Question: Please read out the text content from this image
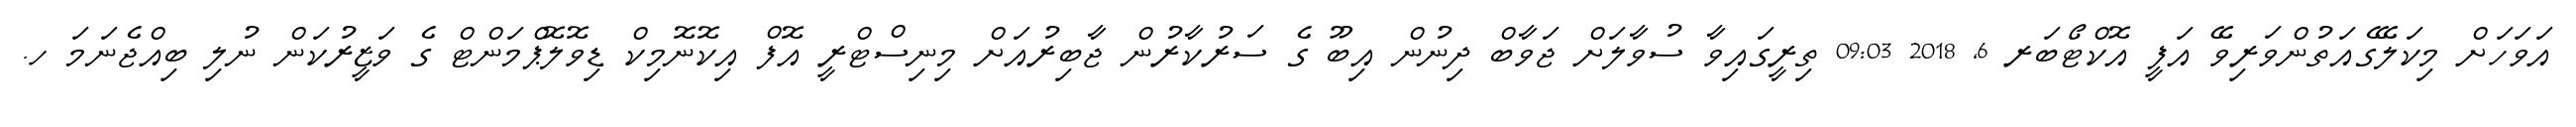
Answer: އަވަހަށް މިކަލޭގެއަތުންވަރިވޭ އަފީ އޮކްޓޯބަރ 6, 2018 09:03 ތިރީގައިވާ ސުވާލަށް ޖަވާބް ދިނުން އިބޫ ގެ ސަރުކާރުން ޖާބިރުއަށް މިނިސްޓްރީ އޮފް އިކޮނޮމިކް ޑިވޮލޮޕްމަންޓް ގެ ވަޒީރުކަން ނުލި ބިއްޖެނަމަ ހ.